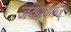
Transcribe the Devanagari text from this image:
जंयतवर्मन्